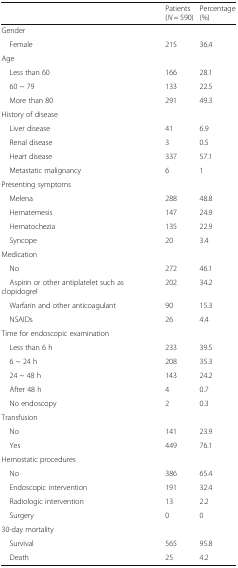
<table><thead><tr><td></td><td><b>Patients (<i>N</i> = 590)</b></td><td><b>Percentage (%)</b></td></tr></thead><tbody><tr><td colspan="3">Gender</td></tr><tr><td> Female</td><td>215</td><td>36.4</td></tr><tr><td colspan="3">Age</td></tr><tr><td> Less than 60</td><td>166</td><td>28.1</td></tr><tr><td> 60 ~ 79</td><td>133</td><td>22.5</td></tr><tr><td> More than 80</td><td>291</td><td>49.3</td></tr><tr><td colspan="3">History of disease</td></tr><tr><td> Liver disease</td><td>41</td><td>6.9</td></tr><tr><td> Renal disease</td><td>3</td><td>0.5</td></tr><tr><td> Heart disease</td><td>337</td><td>57.1</td></tr><tr><td> Metastatic malignancy</td><td>6</td><td>1</td></tr><tr><td colspan="3">Presenting symptoms</td></tr><tr><td> Melena</td><td>288</td><td>48.8</td></tr><tr><td> Hematemesis</td><td>147</td><td>24.9</td></tr><tr><td> Hematochezia</td><td>135</td><td>22.9</td></tr><tr><td> Syncope</td><td>20</td><td>3.4</td></tr><tr><td colspan="3">Medication</td></tr><tr><td> No</td><td>272</td><td>46.1</td></tr><tr><td> Aspirin or other antiplatelet such as clopidogrel</td><td>202</td><td>34.2</td></tr><tr><td> Warfarin and other anticoagulant</td><td>90</td><td>15.3</td></tr><tr><td> NSAIDs</td><td>26</td><td>4.4</td></tr><tr><td colspan="3">Time for endoscopic examination</td></tr><tr><td> Less than 6 h</td><td>233</td><td>39.5</td></tr><tr><td> 6 ~ 24 h</td><td>208</td><td>35.3</td></tr><tr><td> 24 ~ 48 h</td><td>143</td><td>24.2</td></tr><tr><td> After 48 h</td><td>4</td><td>0.7</td></tr><tr><td> No endoscopy</td><td>2</td><td>0.3</td></tr><tr><td colspan="3">Transfusion</td></tr><tr><td> No</td><td>141</td><td>23.9</td></tr><tr><td> Yes</td><td>449</td><td>76.1</td></tr><tr><td colspan="3">Hemostatic procedures</td></tr><tr><td> No</td><td>386</td><td>65.4</td></tr><tr><td> Endoscopic intervention</td><td>191</td><td>32.4</td></tr><tr><td> Radiologic intervention</td><td>13</td><td>2.2</td></tr><tr><td> Surgery</td><td>0</td><td>0</td></tr><tr><td colspan="3">30-day mortality</td></tr><tr><td> Survival</td><td>565</td><td>95.8</td></tr><tr><td> Death</td><td>25</td><td>4.2</td></tr></tbody></table>